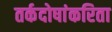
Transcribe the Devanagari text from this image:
तर्कदोषांकरिता